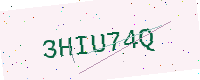
Text: 3HIU74Q